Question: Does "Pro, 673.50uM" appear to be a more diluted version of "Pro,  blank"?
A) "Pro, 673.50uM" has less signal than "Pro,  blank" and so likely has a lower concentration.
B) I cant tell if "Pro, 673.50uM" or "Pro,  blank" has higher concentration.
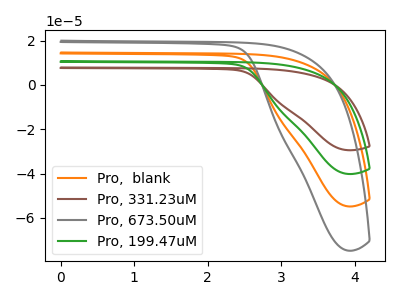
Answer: <think>The orange curve "Pro,  blank" has no peaks. The brown curve "Pro, 331.23uM" has no peaks. The gray curve "Pro, 673.50uM" has no peaks. The green curve "Pro, 199.47uM" has no peaks.
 Neither "Pro, 673.50uM" or "Pro,  blank" have any peaks.</think>
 <answer>B) I cant tell if "Pro, 673.50uM" or "Pro,  blank" has higher concentration.</answer>
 <eval>B</eval>